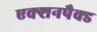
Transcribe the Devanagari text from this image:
एक्शनपैक्ड